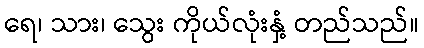
ရေ၊ သား၊ သွေး ကိုယ်လုံးနှံ့ တည်သည်။